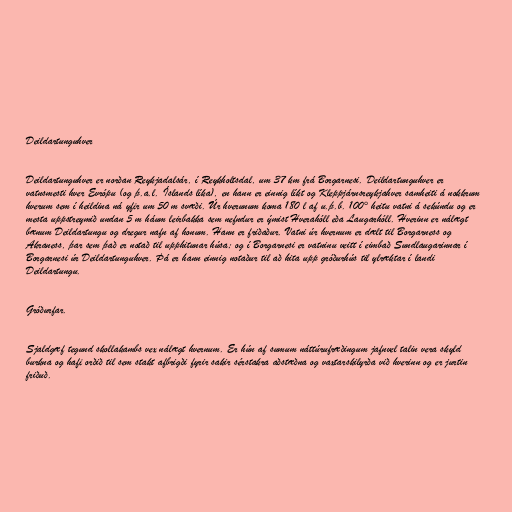
Deildartunguhver

Deildartunguhver er norðan Reykjadalsár, í Reykholtsdal, um 37 km frá Borgarnesi. Deildartunguhver er
vatnsmesti hver Evrópu (og þ.a.l. Íslands líka), en hann er einnig líkt og Kleppjárnsreykjahver samheiti á nokkrum
hverum sem í heildina ná yfir um 50 m svæði. Úr hverunum koma 180 l af u.þ.b. 100° heitu vatni á sekúndu og er
mesta uppstreymið undan 5 m háum leirbakka sem nefndur er ýmist Hverahóll eða Laugarhóll. Hverinn er nálægt
bænum Deildartungu og dregur nafn af honum. Hann er friðaður. Vatni úr hvernum er dælt til Borgarness og
Akraness, þar sem það er notað til upphitunar húsa; og í Borgarnesi er vatninu veitt í eimbað Sundlaugarinnar í
Borgarnesi úr Deildartunguhver. Þá er hann einnig notaður til að hita upp gróðurhús til ylræktar í landi
Deildartungu.

Gróðurfar.

Sjaldgæf tegund skollakambs vex nálægt hvernum. Er hún af sumum náttúrufræðingum jafnvel talin vera skyld
burkna og hafi orðið til sem stakt afbrigði fyrir sakir sérstakra aðstæðna og vaxtarskilyrða við hverinn og er jurtin
friðuð.